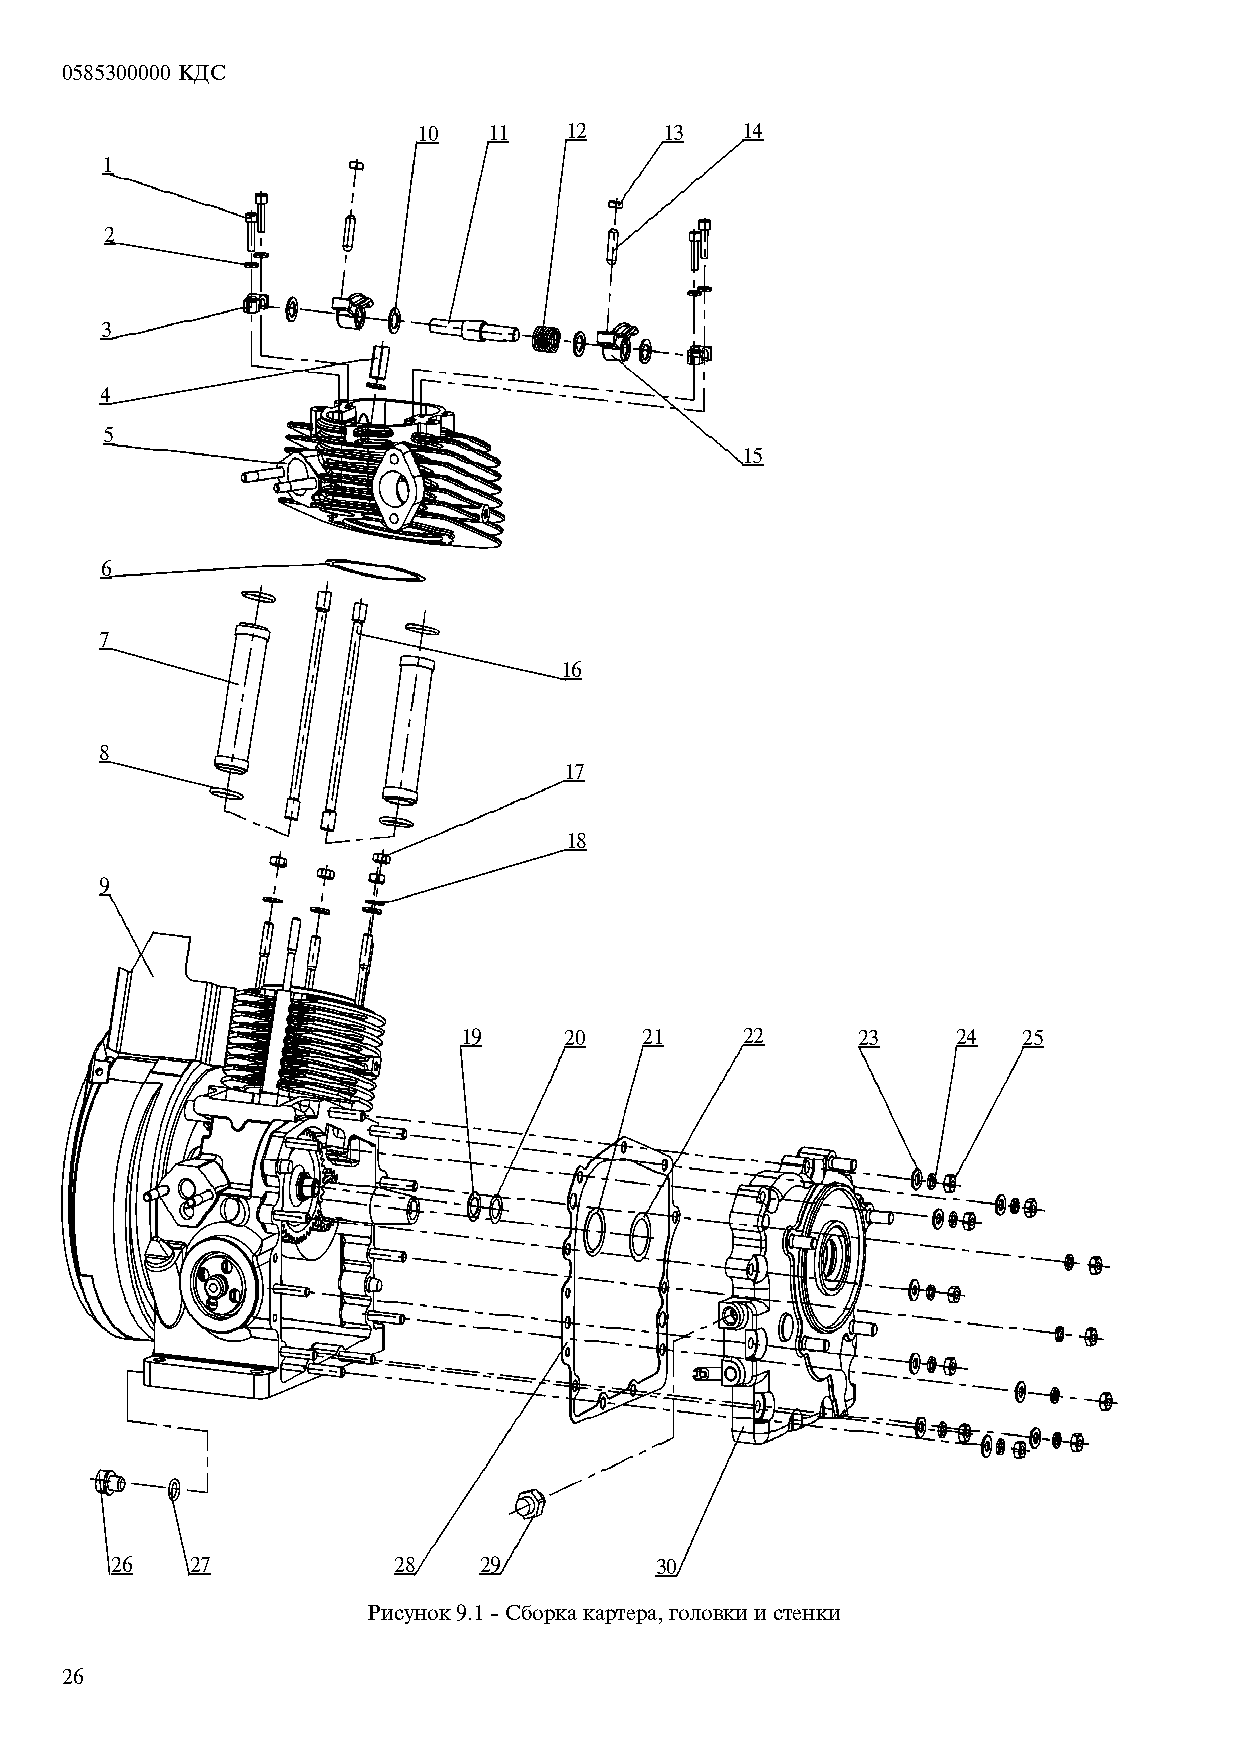
0585300000 ÊÄÑ
 10  11   12     13   14
 1
 2
 3
 4
 5
 15
 6
 7
 16
 8
 17
 18
 9
 19     20    21    22      23    24   25
 26    27           28    29         30
 Ðèñóíîê 9.1 - Ñáîðêà êàðòåðà, ãîëîâêè è ñòåíêè
 26